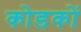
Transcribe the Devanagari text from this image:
कोडकों